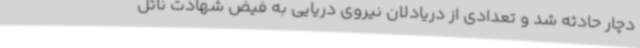
دچار حادثه شد و تعدادی از دریادلان نیروی دریایی به فیض شهادت نائل